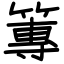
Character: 篿